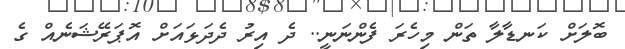
ބޮލަށް ކަނޑާލާ ތަން މިހެރަ ފެންނަނީ.. ދެ އިރު ދެދަޅައަށް އޮޕަރޭޝަނެއް ގެ